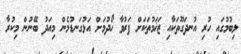
ލިބުމުގައި ހުރި އުނދަގޫތަކާއި ޒަޚަމުތަކަށް ފަރުވާ ހޯދުމަށް އަޅުގަނޑުމެން މިއަދު ބޭނުން މިކުރާ